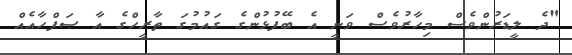
"ދެ ލީޑަރުންވެސް މިހާރުވެސް ވަނީ އެ ބޭފުޅުންގެ ގައުމުގަ ތާރީހްގެ އާ ޞަފްހާއެއް